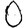
Digit: 0